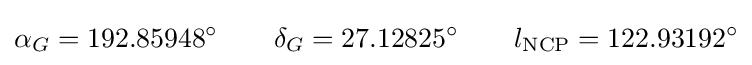
\alpha _{G}=192.85948^{\circ }\qquad \delta _{G}=27.12825^{\circ }\qquad l_{\text{NCP}}=122.93192^{\circ }